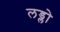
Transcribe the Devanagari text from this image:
लड्लो